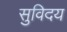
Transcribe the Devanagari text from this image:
सुविदय